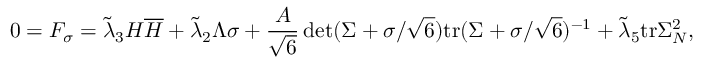
0 = F _ { \sigma } = \tilde { \lambda } _ { 3 } H \overline { { { H } } } + \tilde { \lambda } _ { 2 } \Lambda \sigma + \frac { { \cal A } } { \sqrt { 6 } } \operatorname * { d e t } ( \Sigma + \sigma / \sqrt { 6 } ) \mathrm { t r } ( \Sigma + \sigma / \sqrt { 6 } ) ^ { - 1 } + \tilde { \lambda } _ { 5 } \mathrm { t r } { \Sigma _ { N } ^ { 2 } } ,